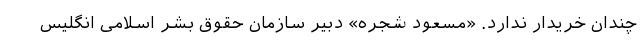
چندان خریدار ندارد. «مسعود شجره» دبیر سازمان حقوق بشر اسلامی انگلیس